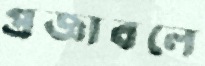
প্রজ্ঞাবলে